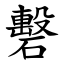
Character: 礊